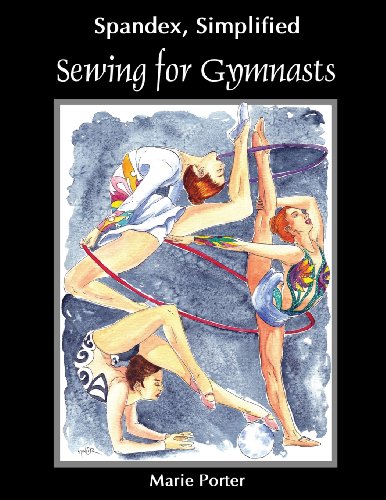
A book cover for Spandex Simplified: Sewing for Gymnasts; Marie Porter; Sports & Outdoors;